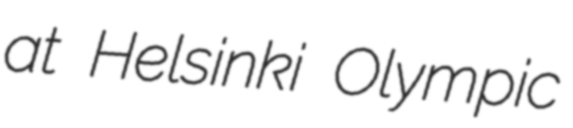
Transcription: at Helsinki Olympic